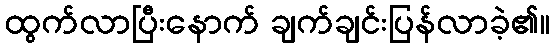
ထွက်လာပြီးနောက် ချက်ချင်းပြန်လာခဲ့၏။